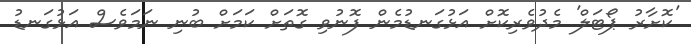
'ކޮށާރު ޕޯޓަލް' މެދުވެރިކޮށް އަޅުގަނޑުމެން ފޮނުވި ގޮތަށް ކަމަށް ބުނި ނަމަވެސް އަޅުގަނޑު